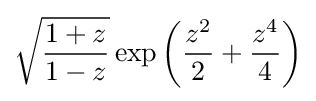
{\sqrt {\frac {1+z}{1-z}}}\exp \left({\frac {z^{2}}{2}}+{\frac {z^{4}}{4}}\right)